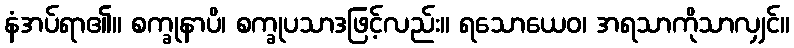
နံအပ်ရာ၏။ စက္ခုနာပိ၊ စက္ခုပသာဒဖြင့်လည်း။ ရသောယေဝ၊ အရသာကိုသာလျှင်။